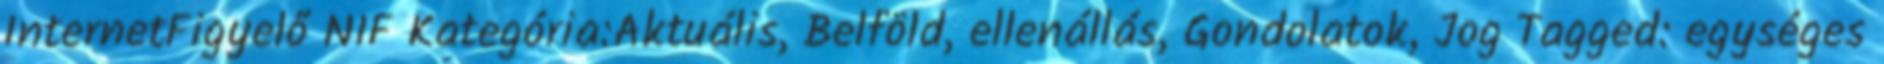
InternetFigyelő NIF Kategória:Aktuális, Belföld, ellenállás, Gondolatok, Jog Tagged: egységes